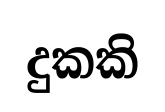
දුකකි